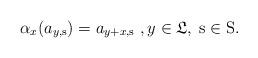
LaTeX: \begin{align*}\alpha _{x}(a_{y,\mathrm{s}})=a_{y+x,\mathrm{s}}\ ,y\in \mathfrak{L},\;\mathrm{s}\in \mathrm{S}. \end{align*}